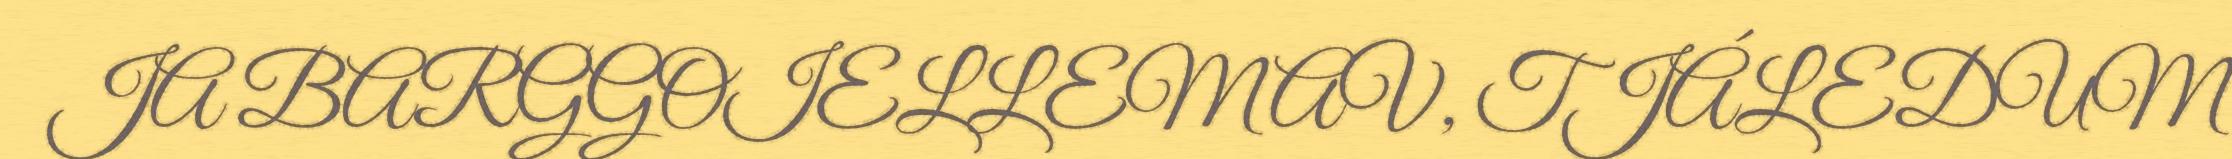
JA BARGGOIELLEMAV, TJÁLEDUM